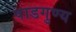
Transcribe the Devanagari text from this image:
षाडगुण्य